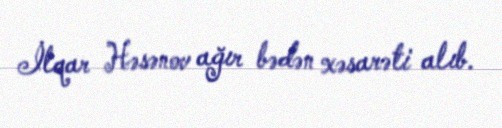
İlqar Həsənov ağır bədən xəsarəti alıb.